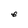
Character: e